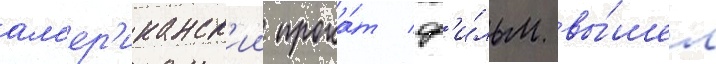
ам'ер'иканск'ии прока́т ф'и́льм вы́шел